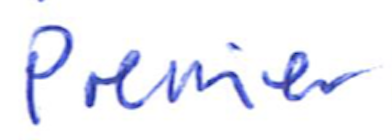
Text: Premier
Cross-out: clean
Writing tool: ballpoint